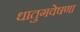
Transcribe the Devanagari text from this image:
धातुगवेषणा